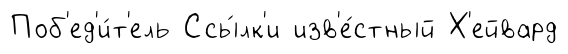
Поб'ед'и́т'ель Ссы́лк'и изв'е́стный Х'ейвард